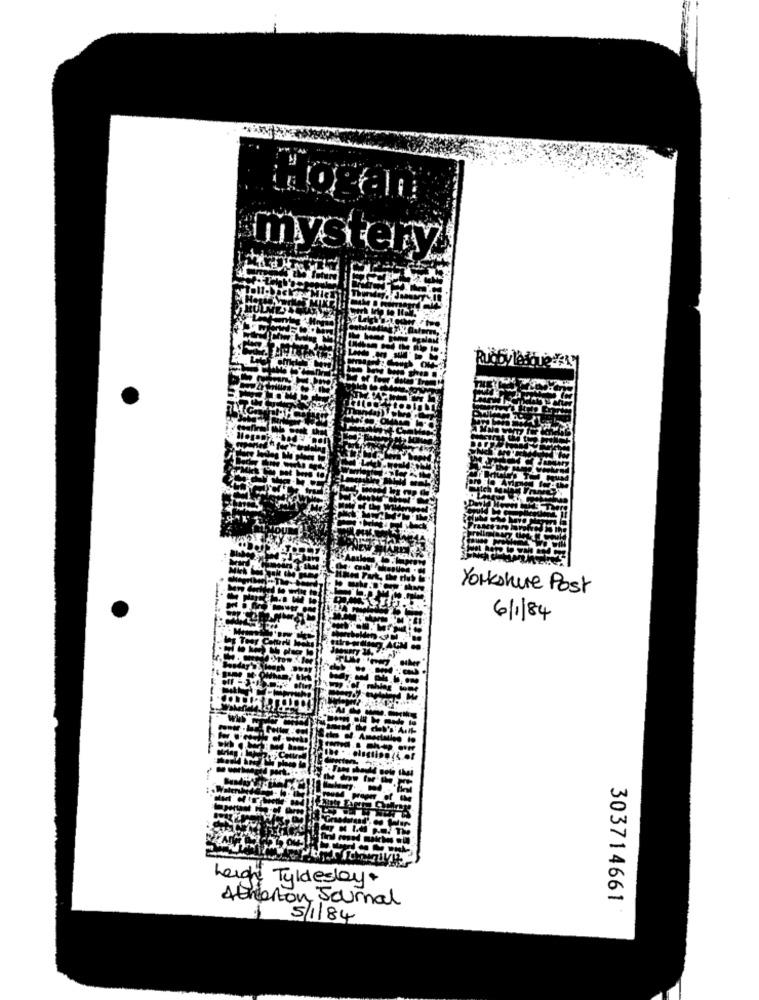
Hogan
mystery
Yorkshire Post
6/1/84
Lerde Tyldesky .
Atherton Journal
303714661
5/1/84